Leaving Certificate Examination, 1924
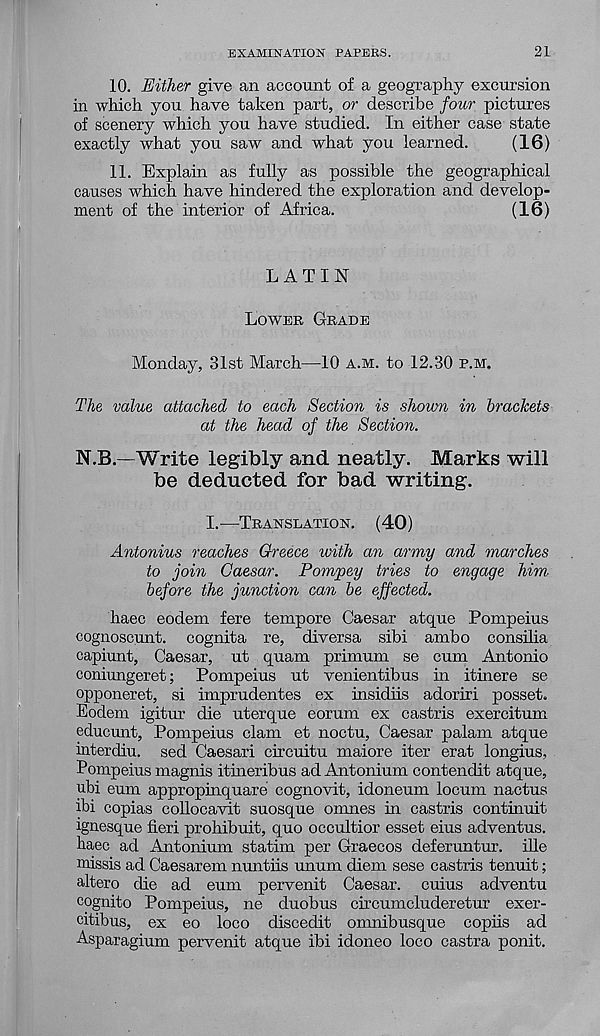
EXAMINATION PAPEES.
21
10. Either give an account of a geography excursion
in which you have taken part, or describe four pictures
of scenery which you have studied. In either case state
exactly what you saw and what you learned.
(16)
11. Explain as fully as possible the geographical
causes which have hindered the exploration and develop-
ment of the interior of Africa.
(16)
LATIN
LOWER GRADE
Monday, 31st March—10 A.M. to 12.30 P.M.
The value attached to each Section is shovm in brackets
at the head of the Section.
N.B.—Write legibly and neatly. Marks will
be deducted for bad writing.
I. —TRANSLATION.
(40)
Antonins reaches Greece with an army and marches
to join Caesar. Pompey tries to engage him
before the junction can be effected.
haec eodem fere tempore Caesar atque Pompeius
cognoscunt. cognita re, diversa sibi ambo consilia
capiunt, Caesar, ut quam primum se cum Antonio
coniungeret; Pompeius ut venientibus in itinere se
opponeret, si imprudentes ex insidiis adoriri posset.
Eodem igitur die uterque eorum ex castris exercitum
educunt, Pompeius clam et noctu, Caesar palam atque
interdiu. sed Caesari circuitu maiore iter erat longius,
Pompeius magnis itineribus ad Antonium contendit atque,
ubi eum appropinquare cognovit, idoneum locum nactus
ibi copias collocavit suosque omnes in castris contmuit
ignesque fieri prohibuit, quo occultior esset eius adventus.
haec ad Antonium statim per Graecos deferuntur. ille
missis ad Caesarem nuntiis unum diem sese castris tenuit;
altero die ad eum pervenit Caesar, cuius adventu
cognito Pompeius, ne duobus circumcluderetur exer-
citibus, ex eo loco discedit omnibusque copiis ad
Asparagium pervenit atque ibi idoneo loco castra ponit.